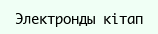
Электронды кітап